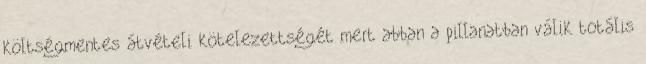
költségmentes átvételi kötelezettségét mert abban a pillanatban válik totális